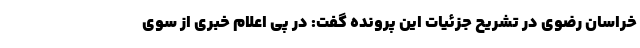
خراسان رضوی در تشریح جزئیات این پرونده گفت: در پی اعلام خبری از سوی